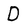
Character: D